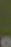
.